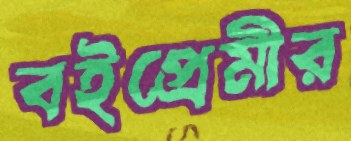
বইপ্রেমীর